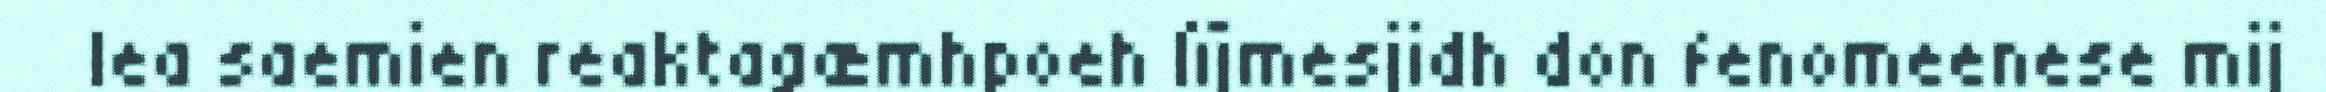
lea saemien reaktagæmhpoeh lïjmesjidh don fenomeenese mij